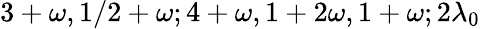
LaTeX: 3+\omega,1/2+\omega;4+\omega,1+2\omega,1+\omega;2\lambda_{0}